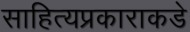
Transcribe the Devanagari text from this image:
साहित्यप्रकाराकडे